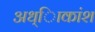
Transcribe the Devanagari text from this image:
अध्ािकांश